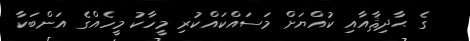
ގެ ޙާދިޘާއާއި ކުއްޔަށް މަސައްކައްކުރި މީހާކު މީހެއްގެ އަންބަކާ